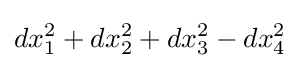
dx_{1}^{2}+dx_{2}^{2}+dx_{3}^{2}-dx_{4}^{2}